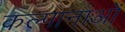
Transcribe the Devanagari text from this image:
कल्पानाओं